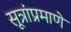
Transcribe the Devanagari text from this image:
सूत्रांप्रमाणे